King Institute of Preventive Medicine Micro-Biological Section reports 1909-11
Year: 1909
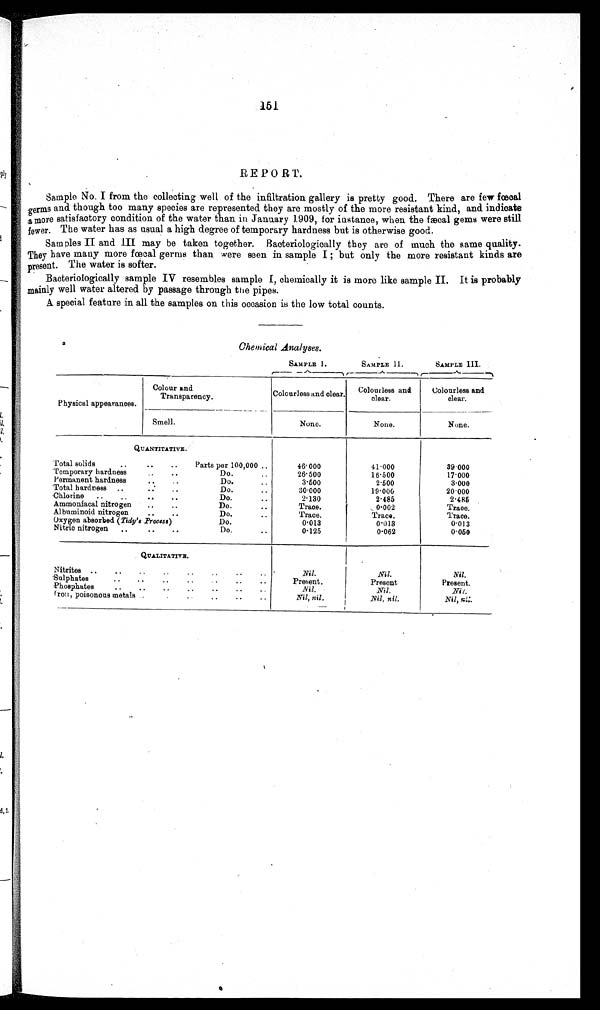
151.
REPORT.
Sample No. I from the collecting well of the infiltration gallery is pretty good. There are few fœcal
germs and though too many species are represented they are mostly of the more resistant kind, and indicate
a
more satisfactory condition of the water than in. January 1.909, for instance, when the fæcal gems were still
fewer. The water has as usual a high degree of temporary hardness but is otherwise good.
Samples II and III may be taken together. Bacteriologically they are of much the same quality.
They have many more fœcal germs than were seen in sample I ; but only the more resistant kinds are
present. The water is softer.
Bacteriologically sample IV resembles sample I, chemically it is more like sample II. It is probably
mainly well water altered by passage through the pipes.
A special feature in all the samples on this occasion is the low total counts.
.
Chemical Analyses.
t--- SAMPLE 1.
_./..
SAMPLE 11.
. . A. ---,
SAMPLE III.
. -A-
r"
Physical appearances.
Colour and
Transparency.
Colourless and clear. Colourless and
clear.
Colourless and
clear.
Smell.
None.
None.
None.
Q U A N T I T A T I V E .
Total solids.. . ,
..
Parts per 100,000 ..
46.000
41.000
39.000
Temporary hardness
..
Do...
26.500
16.500
17.000
Permanent hardness.. ...
..
3.500
2.500
3.000
Total hardness ..
• • ..
Do.
..
30.000
19.006
20.000
Chlorine .. ..
• . • •
Do.
..
2.130
2.485
2.485
Ammoniacal nitrogen .. ..
Do.
..
Trace.
, 0.002
Trace.
Albuminoid nitrogen .. ..
Do.
..
Trace.
Trace.
Trace.
Oxygen absorbed ( Tidy's .Process)
Do.
0.013
0.013
0.013
Nitric nitrogen , .
• • ..
Do.
..
0.125
0.062
0.050
QUALITATIVE.
Nitrites .. ..
. , . .
..
Nil.
Nil.
Nil.
Sulphates
Present.
Present
Present.
Phosphates
.. .. .. .. .. .. ..
Nil.
Nil.
Ni
l.
Iron., poisonous metals .. . „ . . . .
Nil, nil.
Nil, nil.
Nil, nil.